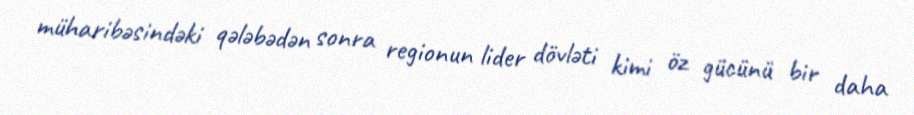
müharibəsindəki qələbədən sonra regionun lider dövləti kimi öz gücünü bir daha